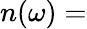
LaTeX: n(\omega)=